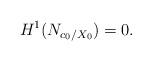
LaTeX: \begin{align*}H^1(N_{c_0/X_0})=0.\end{align*}